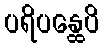
ပရိပန္ထေပိ